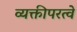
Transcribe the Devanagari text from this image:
व्यक्तीपरत्वे